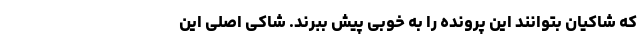
که شاکیان بتوانند این پرونده را به خوبی پیش ببرند. شاکی اصلی این